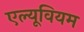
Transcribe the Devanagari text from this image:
एल्यूवियम